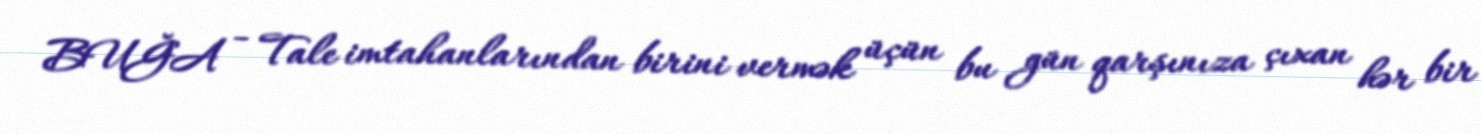
BUĞA - Tale imtahanlarından birini vermək üçün bu gün qarşınıza çıxan hər bir